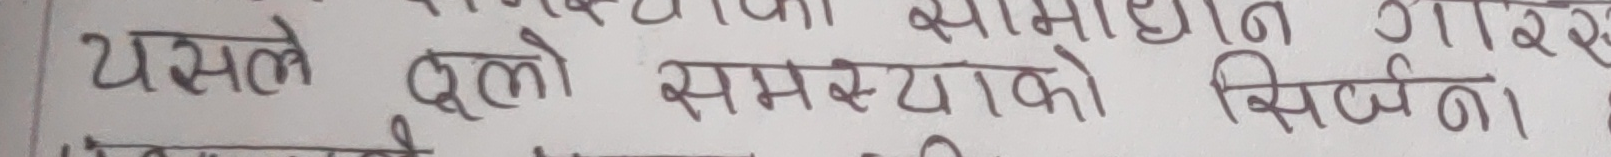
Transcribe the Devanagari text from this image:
यसले ठूलो समस्याको सिर्जना।